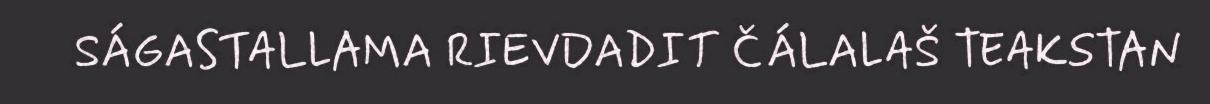
SÁGASTALLAMA RIEVDADIT ČÁLALAŠ TEAKSTAN